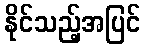
နိုင်သည့်အပြင်